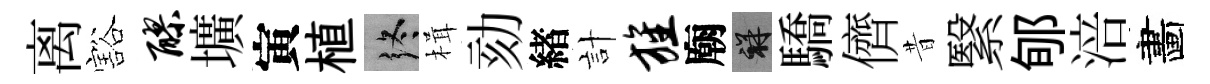
离豁醪壙寅植终楫劾緖計旌廟祥驕儕昔繄郇涪畵